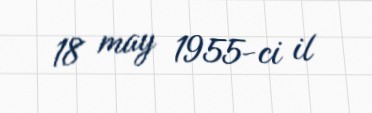
18 may 1955-ci il